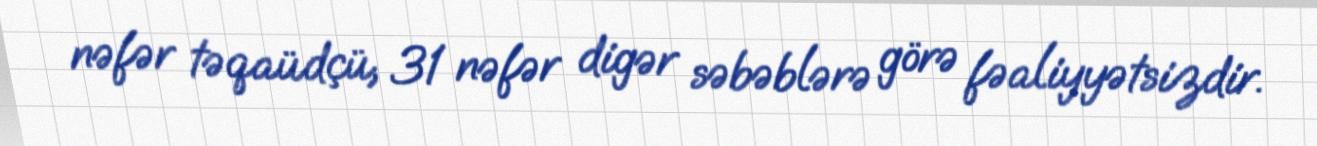
nəfər təqaüdçü, 31 nəfər digər səbəblərə görə fəaliyyətsizdir.